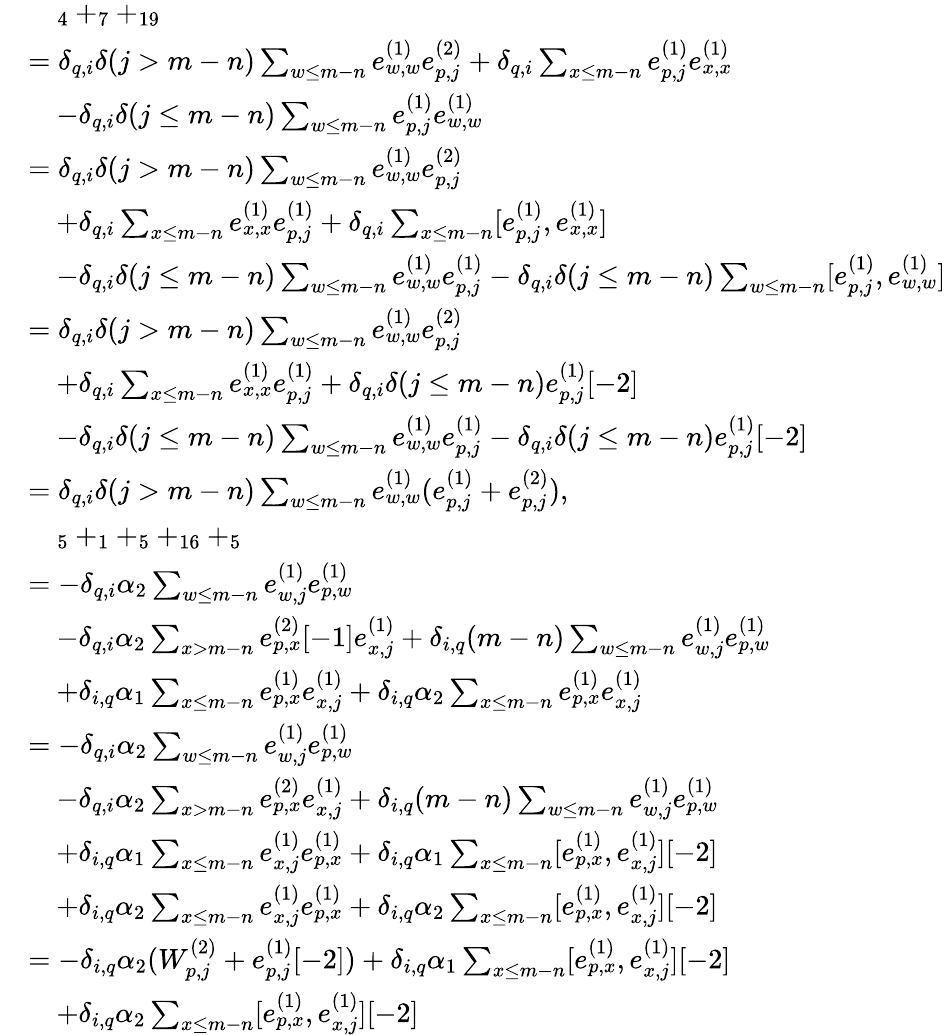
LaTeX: \begin{array}{rl}&{\quad_{4}+_{7}+_{19}}\\ &{=\delta_{q,i}\delta(j>m-n)\sum_{\substack{w\leq m-n}}e_{w,w}^{(1)}e_{p,j}^{(2)}+\delta_{q,i}\sum_{\substack{x\leq m-n}}e_{p,j}^{(1)}e_{x,x}^{(1)}}\\ &{\quad-\delta_{q,i}\delta(j\leq m-n)\sum_{\substack{w\leq m-n}}e_{p,j}^{(1)}e_{w,w}^{(1)}}\\ &{=\delta_{q,i}\delta(j>m-n)\sum_{\substack{w\leq m-n}}e_{w,w}^{(1)}e_{p,j}^{(2)}}\\ &{\quad+\delta_{q,i}\sum_{\substack{x\leq m-n}}e_{x,x}^{(1)}e_{p,j}^{(1)}+\delta_{q,i}\sum_{\substack{x\leq m-n}}[e_{p,j}^{(1)},e_{x,x}^{(1)}]}\\ &{\quad-\delta_{q,i}\delta(j\leq m-n)\sum_{\substack{w\leq m-n}}e_{w,w}^{(1)}e_{p,j}^{(1)}-\delta_{q,i}\delta(j\leq m-n)\sum_{\substack{w\leq m-n}}[e_{p,j}^{(1)},e_{w,w}^{(1)}]}\\ &{=\delta_{q,i}\delta(j>m-n)\sum_{\substack{w\leq m-n}}e_{w,w}^{(1)}e_{p,j}^{(2)}}\\ &{\quad+\delta_{q,i}\sum_{\substack{x\leq m-n}}e_{x,x}^{(1)}e_{p,j}^{(1)}+\delta_{q,i}\delta(j\leq m-n)e_{p,j}^{(1)}[-2]}\\ &{\quad-\delta_{q,i}\delta(j\leq m-n)\sum_{\substack{w\leq m-n}}e_{w,w}^{(1)}e_{p,j}^{(1)}-\delta_{q,i}\delta(j\leq m-n)e_{p,j}^{(1)}[-2]}\\ &{=\delta_{q,i}\delta(j>m-n)\sum_{\substack{w\leq m-n}}e_{w,w}^{(1)}(e_{p,j}^{(1)}+e_{p,j}^{(2)}),}\\ &{\quad_{5}+_{1}+_{5}+_{16}+_{5}}\\ &{=-\delta_{q,i}\alpha_{2}\sum_{w\leq m-n}e_{w,j}^{(1)}e_{p,w}^{(1)}}\\ &{\quad-\delta_{q,i}\alpha_{2}\sum_{x>m-n}e_{p,x}^{(2)}[-1]e_{x,j}^{(1)}+\delta_{i,q}(m-n)\sum_{w\leq m-n}e_{w,j}^{(1)}e_{p,w}^{(1)}}\\ &{\quad+\delta_{i,q}\alpha_{1}\sum_{x\leq m-n}e_{p,x}^{(1)}e_{x,j}^{(1)}+\delta_{i,q}\alpha_{2}\sum_{x\leq m-n}e_{p,x}^{(1)}e_{x,j}^{(1)}}\\ &{=-\delta_{q,i}\alpha_{2}\sum_{w\leq m-n}e_{w,j}^{(1)}e_{p,w}^{(1)}}\\ &{\quad-\delta_{q,i}\alpha_{2}\sum_{x>m-n}e_{p,x}^{(2)}e_{x,j}^{(1)}+\delta_{i,q}(m-n)\sum_{w\leq m-n}e_{w,j}^{(1)}e_{p,w}^{(1)}}\\ &{\quad+\delta_{i,q}\alpha_{1}\sum_{x\leq m-n}e_{x,j}^{(1)}e_{p,x}^{(1)}+\delta_{i,q}\alpha_{1}\sum_{x\leq m-n}[e_{p,x}^{(1)},e_{x,j}^{(1)}][-2]}\\ &{\quad+\delta_{i,q}\alpha_{2}\sum_{x\leq m-n}e_{x,j}^{(1)}e_{p,x}^{(1)}+\delta_{i,q}\alpha_{2}\sum_{x\leq m-n}[e_{p,x}^{(1)},e_{x,j}^{(1)}][-2]}\\ &{=-\delta_{i,q}\alpha_{2}(W_{p,j}^{(2)}+e_{p,j}^{(1)}[-2])+\delta_{i,q}\alpha_{1}\sum_{x\leq m-n}[e_{p,x}^{(1)},e_{x,j}^{(1)}][-2]}\\ &{\quad+\delta_{i,q}\alpha_{2}\sum_{x\leq m-n}[e_{p,x}^{(1)},e_{x,j}^{(1)}][-2]}\end{array}